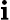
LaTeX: \boldsymbol{\mathbf{i}}